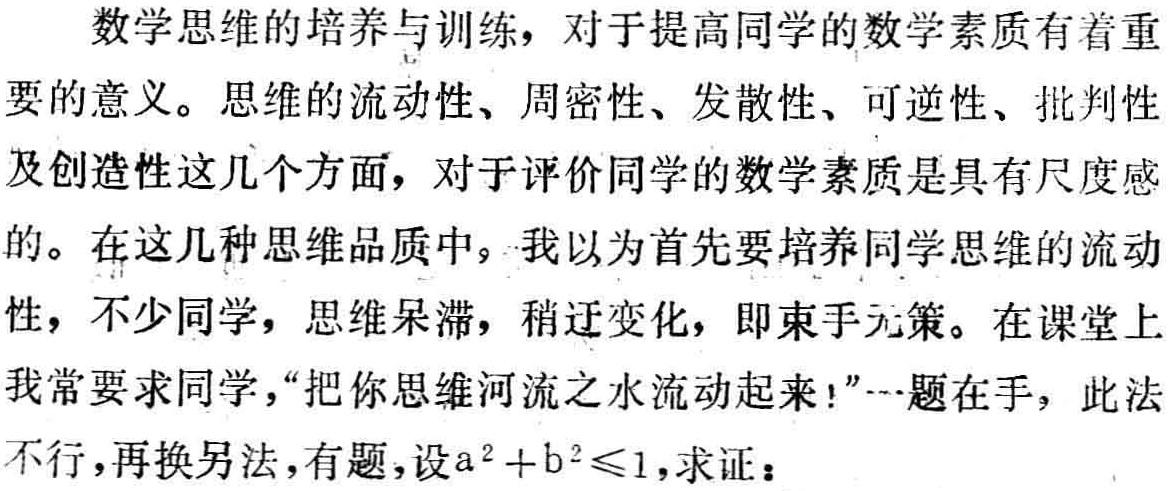
数学思维的培养与训练，对于提高同学的数学素质有着重要的意义。思维的流动性、周密性、发散性、可逆性、批判性及创造性这几个方面，对于评价同学的数学素质是具有尺度感的。在这几种思维品质中，我以为首先要培养同学思维的流动性，不少同学，思维呆滞，稍迂变化，即束手无策。在课堂上我常要求同学，“把你思维河流之水流动起来！”···题在手，此法不行，再换另法，有题，设\(a^{2}+b^{2}\leq1\)，求证：